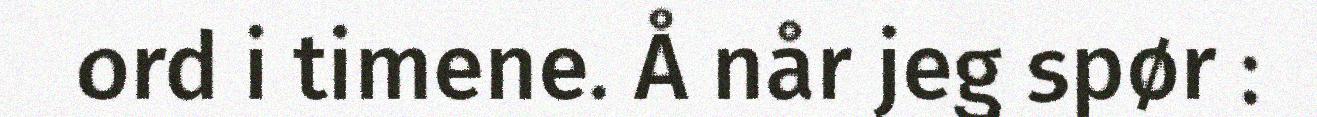
ord i timene. Å når jeg spør :